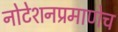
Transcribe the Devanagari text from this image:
नोटेशनप्रमाणेच